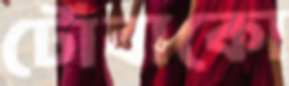
টোবাকো